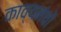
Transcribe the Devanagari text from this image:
काव्यमंचों